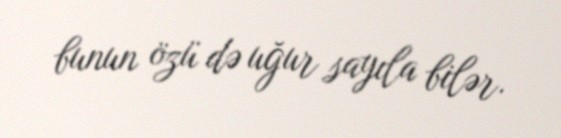
bunun özü də uğur sayıla bilər.